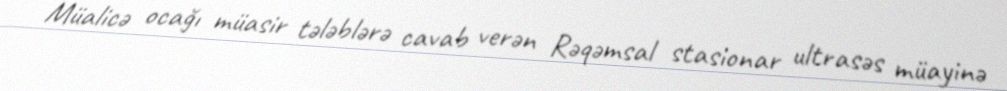
Müalicə ocağı müasir tələblərə cavab verən Rəqəmsal stasionar ultrasəs müayinə